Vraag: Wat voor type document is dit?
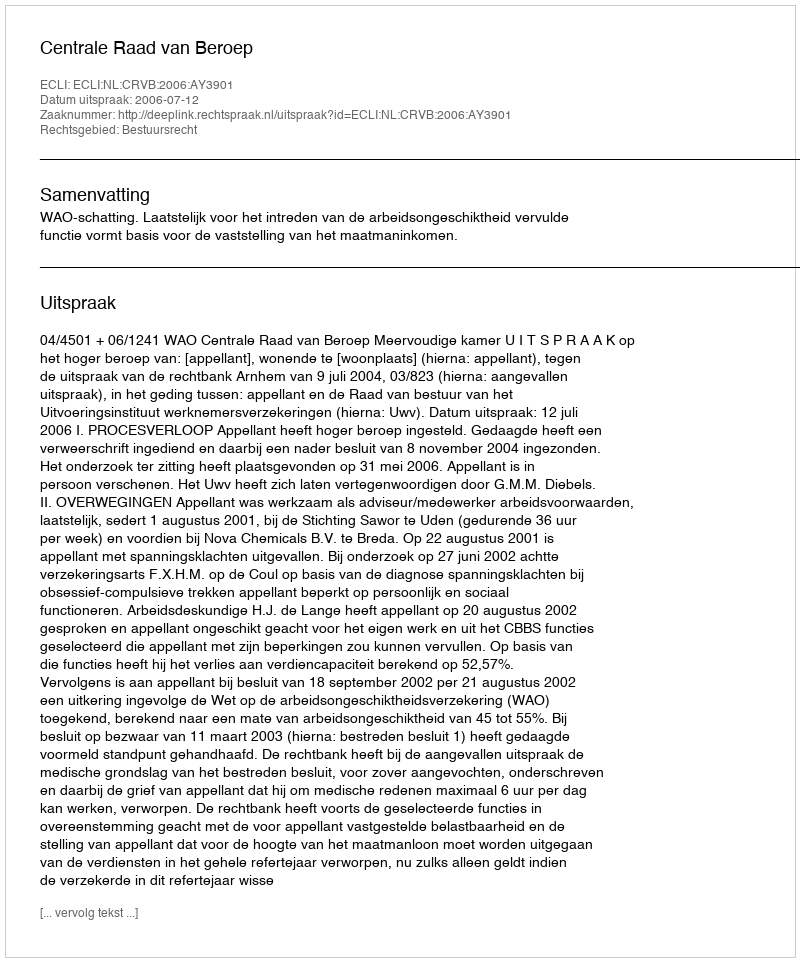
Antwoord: Uitspraak